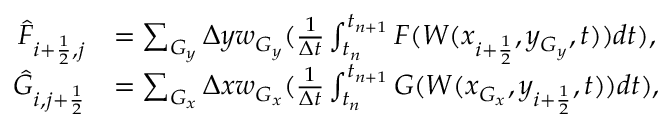
\begin{array} { r l } { \Hat F _ { i + \frac { 1 } { 2 } , j } } & { = \sum _ { G _ { y } } \Delta y w _ { G _ { y } } ( \frac { 1 } { \Delta t } \int _ { t _ { n } } ^ { t _ { n + 1 } } F ( W ( x _ { i + \frac { 1 } { 2 } } , y _ { G _ { y } } , t ) ) d t ) , } \\ { \Hat G _ { i , j + \frac { 1 } { 2 } } } & { = \sum _ { G _ { x } } \Delta x w _ { G _ { x } } ( \frac { 1 } { \Delta t } \int _ { t _ { n } } ^ { t _ { n + 1 } } G ( W ( x _ { G _ { x } } , y _ { i + \frac { 1 } { 2 } } , t ) ) d t ) , } \end{array}